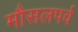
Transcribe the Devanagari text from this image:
मौसलपर्व